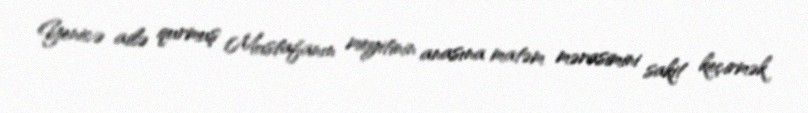
Yenicə ailə qurmuş Mustafanın meyitinin anasına matəm mərasimini sakit keçirmək